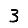
Digit: 3